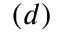
( d )